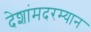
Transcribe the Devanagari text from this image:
देशांमदरम्यान